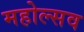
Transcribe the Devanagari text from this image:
महोल्सव